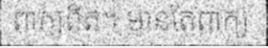
ពាក្យពិត។ មានតែពាក្យ